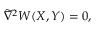
\widetilde { \boldsymbol { \nabla } } \vphantom { \nabla } ^ { 2 } W ( X , Y ) = 0 ,